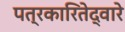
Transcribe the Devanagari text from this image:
पत्रकारितेद्वारे